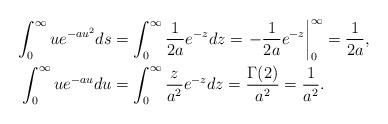
LaTeX: \begin{align*}\int_0^{\infty} u e^{-a u^2} ds &=\int_0^{\infty} \frac{1}{2a}e^{-z} dz = \left. -\frac{1}{2a}e^{-z} \right|_0^{\infty} = \frac{1}{2a},\\\int_0^{\infty} u e^{-au} du &= \int_0^{\infty} \frac{z}{a^2} e^{-z} dz = \frac{\Gamma(2)}{a^2} = \frac{1}{a^2}.\end{align*}